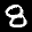
Label: 8